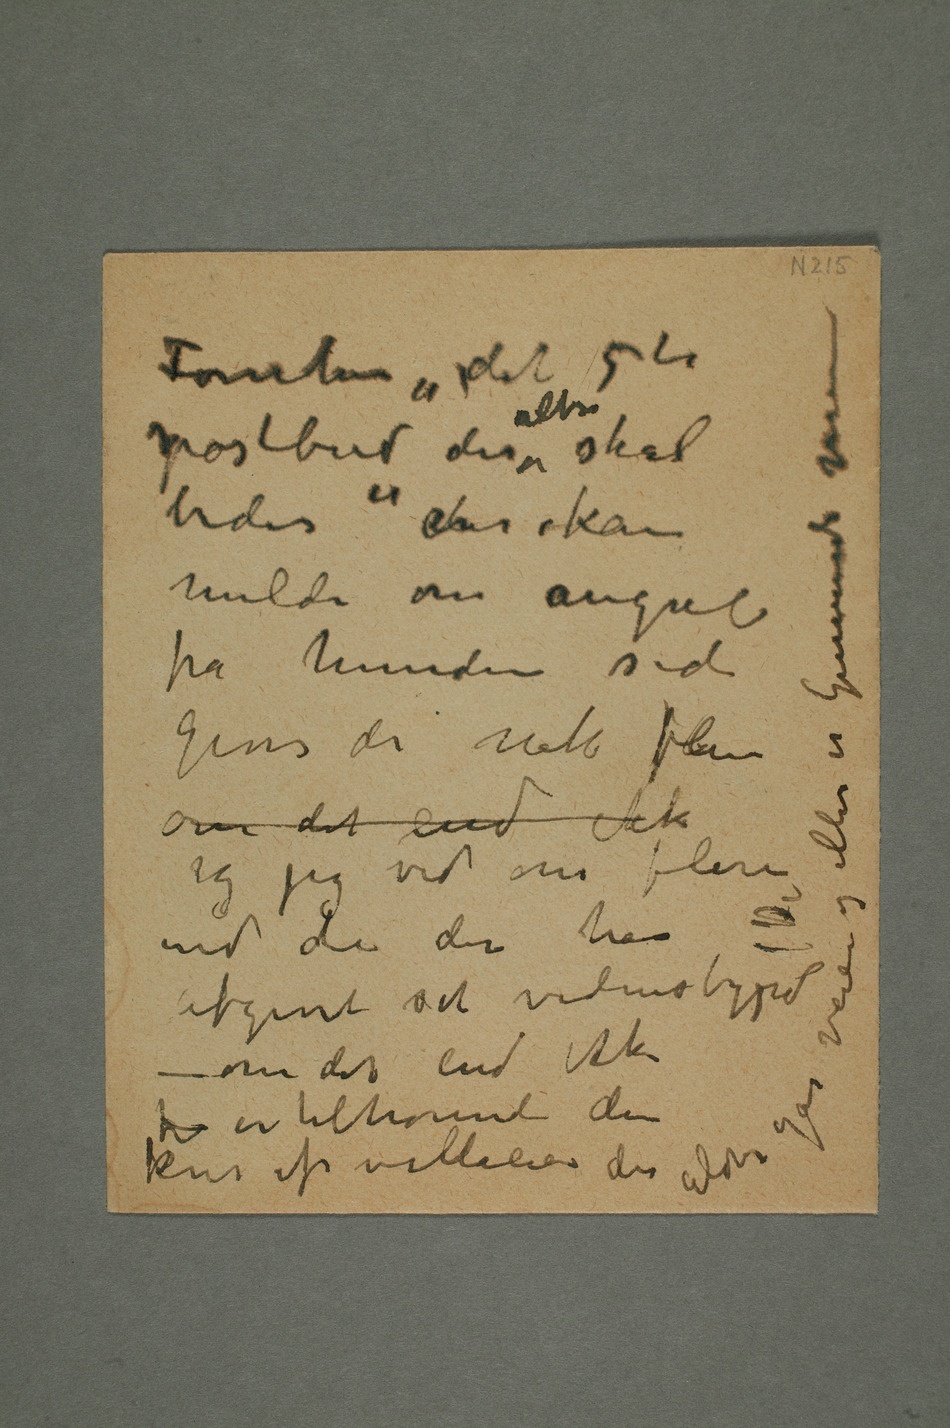
fra hunden siden
om det end ikke
utgivet sit vidnesbyrd
– om det end ikke
er tilhørende den kur av villaeiere